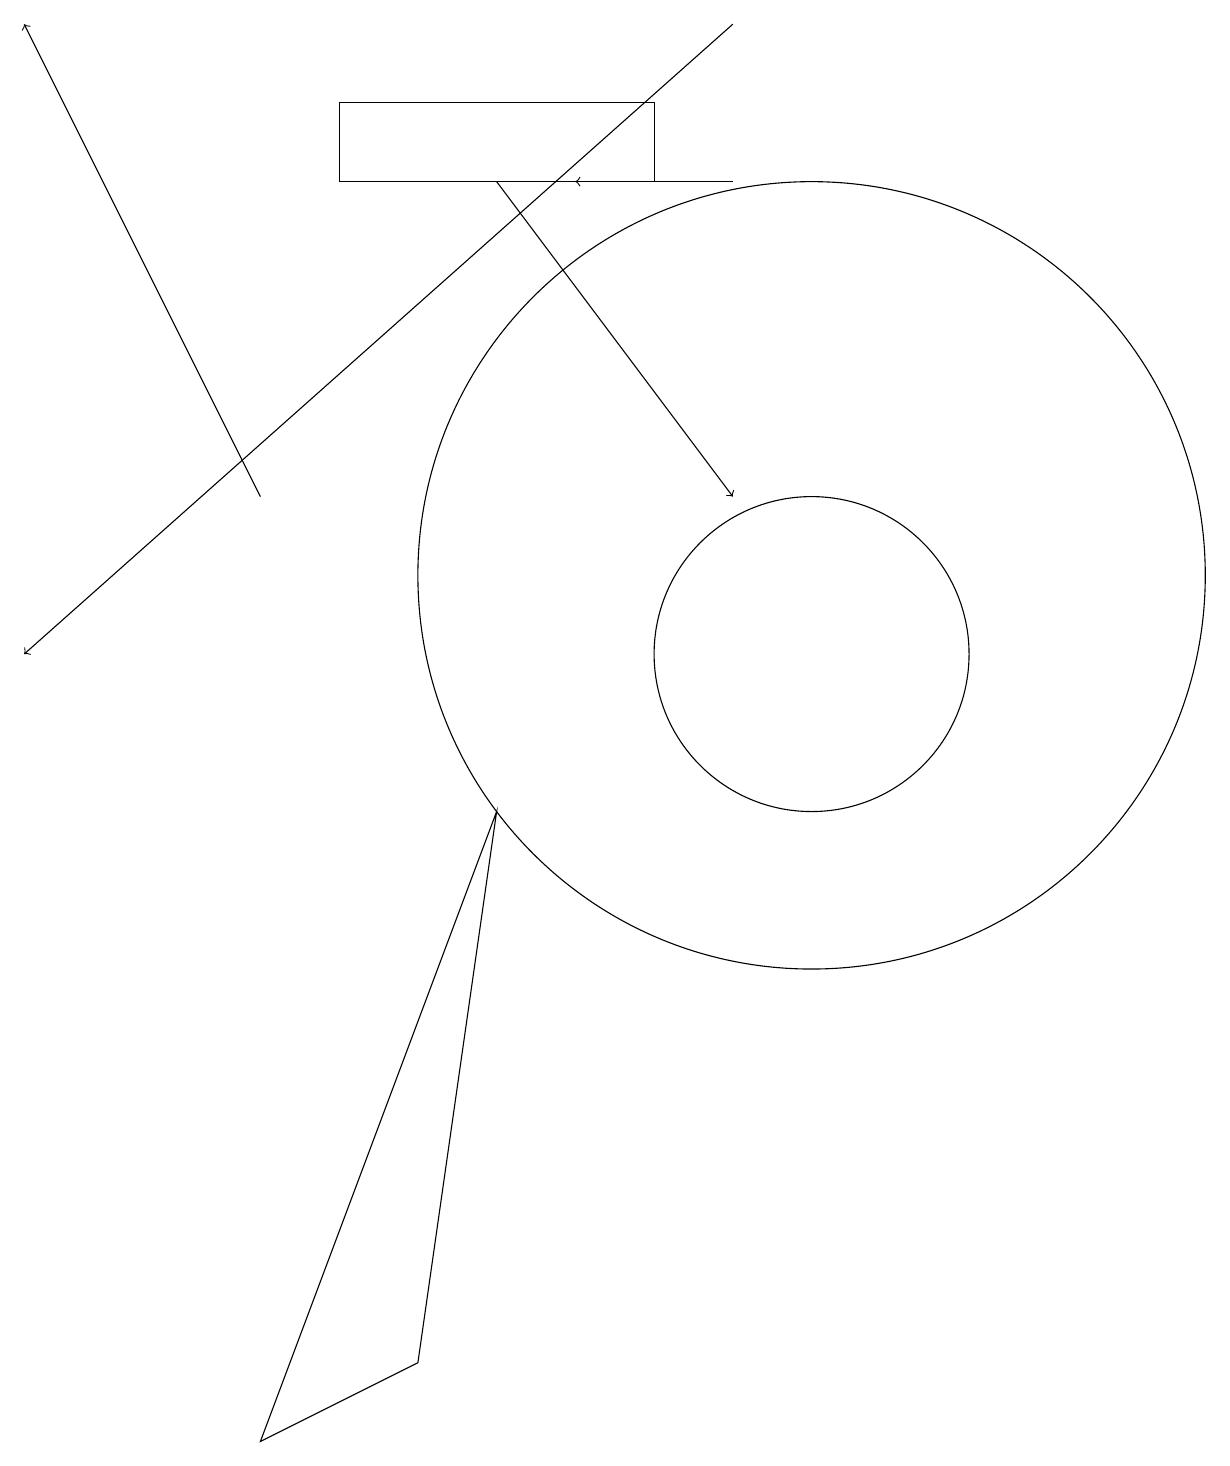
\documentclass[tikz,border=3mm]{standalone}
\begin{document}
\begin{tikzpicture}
\draw[->] (3,12) -- (0,18);
\draw[->] (9,18) -- (0,10);
\draw[->] (6,16) -- (9,12);
\draw[->] (9,16) -- (7,16);
\draw (3,0) -- (5,1) -- (6,8) -- cycle;
\draw (4,16) rectangle (8,17);
\draw (10,11) circle (5);
\draw (10,10) circle (2);
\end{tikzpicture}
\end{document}